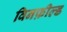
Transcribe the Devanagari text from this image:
विनफ़ील्ड